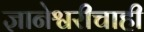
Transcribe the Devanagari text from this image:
ज्ञानेश्वरीचाही